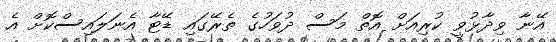
އޭނާ ވިދާޅުވީ ކުރިއަށް އޮތް މަސް ދުވަހުގެ ތެރޭގައި ޑޭޓާ އެނަލައިސްކޮށް އެ